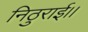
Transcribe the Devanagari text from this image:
निठुराई।।